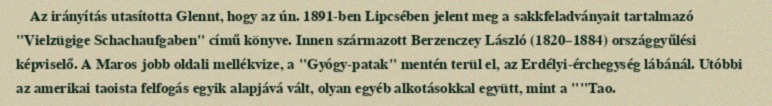
Az irányítás utasította Glennt, hogy az ún. 1891-ben Lipcsében jelent meg a sakkfeladványait tartalmazó "Vielzügige Schachaufgaben" című könyve. Innen származott Berzenczey László (1820–1884) országgyűlési képviselő. A Maros jobb oldali mellékvize, a "Gyógy-patak" mentén terül el, az Erdélyi-érchegység lábánál. Utóbbi az amerikai taoista felfogás egyik alapjává vált, olyan egyéb alkotásokkal együtt, mint a ""Tao.